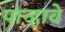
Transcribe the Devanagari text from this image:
पान्हावे